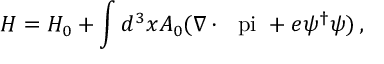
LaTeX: H = H _ { 0 } + \int d ^ { 3 } x A _ { 0 } ( \nabla \cdot \mathrm { \boldmath ~ \ p i ~ } + e \psi ^ { \dagger } \psi ) \, ,